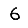
Digit: 6